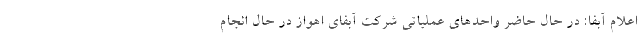
اعلام آبفا: در حال حاضر واحدهای عملیاتی شرکت آبفای اهواز در حال انجام